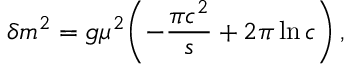
\delta m ^ { 2 } = g \mu ^ { 2 } \biggl ( - \frac { \pi c ^ { 2 } } { s } + 2 \pi \ln c \biggr ) \, ,